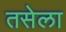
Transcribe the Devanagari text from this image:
तसेला